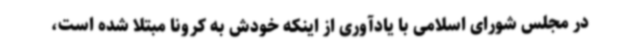
در مجلس شورای اسلامی با یادآوری از اینکه خودش به کرونا مبتلا شده است،